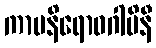
ကာမနိရောဓဂါမိနီ